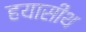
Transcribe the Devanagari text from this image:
हयासींथ